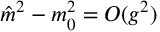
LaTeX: { \hat { m } } ^ { 2 } - m _ { 0 } ^ { 2 } = O ( g ^ { 2 } )